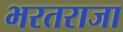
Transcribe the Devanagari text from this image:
भरतराजा